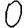
Digit: 0